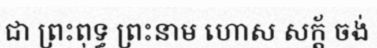
ជា ព្រះពុទ្ធ ព្រះនាម ហោស សក្ត័ ចង់